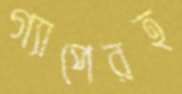
গ্যাপেরহ